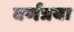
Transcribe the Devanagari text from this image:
वर्णत्रया